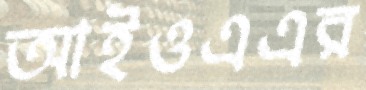
আইওএএর